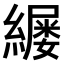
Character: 𫄄